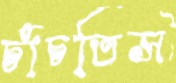
চাঁচতিস